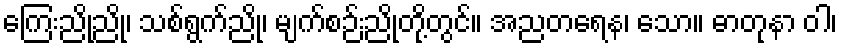
ကြေးညိုညို၊ သစ်ရွက်ညို၊ မျက်စဉ်းညိုတို့တွင်။ အညတရေန၊ သော။ ဓာတုနာ ဝါ၊